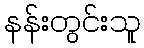
နန်းတွင်းသူ